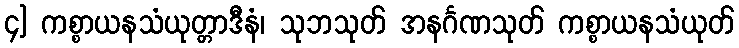
၄] ကစ္စာယနသံယုတ္တာဒီနံ၊ သုဘသုတ် အနင်္ဂဏသုတ် ကစ္စာယနသံယုတ်